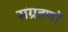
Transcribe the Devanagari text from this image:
संग्रहणों